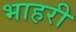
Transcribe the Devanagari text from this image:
भाहरी